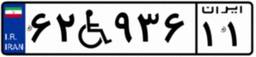
۶۲W۹۳۶۱۱